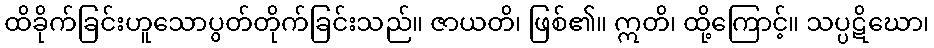
ထိခိုက်ခြင်းဟူသောပွတ်တိုက်ခြင်းသည်။ ဇာယတိ၊ ဖြစ်၏။ ဣတိ၊ ထို့ကြောင့်။ သပ္ပဋိဃော၊